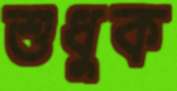
শুধুক